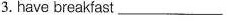
3. have breakiast ___